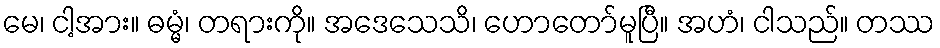
မေ၊ ငါ့အား။ ဓမ္မံ၊ တရားကို။ အဒေသေသိ၊ ဟောတော်မူပြီ။ အဟံ၊ ငါသည်။ တဿ